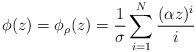
LaTeX: \begin{align*}\phi(z) = \phi_{\rho}(z) = \frac{1}{\sigma}\sum_{i=1}^N \frac{(\alpha z)^i}{i}\end{align*}